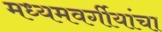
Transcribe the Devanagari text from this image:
मध्यमवर्गीयांचा